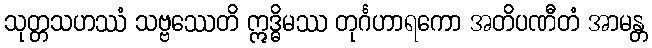
သုတ္တသဟဿံ သဗ္ဗဿေတိ ဣဒ္ဓိမဿ တုင်္ဂဟာရကော အတိပဏီတံ အာမန္တ